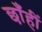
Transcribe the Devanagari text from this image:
छाँहीं